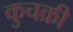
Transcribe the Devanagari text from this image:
कुचक्री